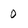
Character: 0